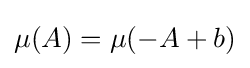
\mu (A)=\mu (-A+b)